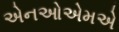
એનઓએમએ